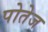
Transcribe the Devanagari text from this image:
पोतेज